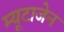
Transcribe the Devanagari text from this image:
म्यूटाजेन